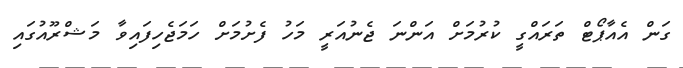
ގަން އެއާޕޯޓް ތަރައްގީ ކުރުމަށް އަންނަ ޖެނުއަރީ މަހު ފެށުމަށް ހަމަޖެހިފައިވާ މަޝްރޫއުގައި